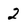
Character: 2